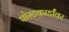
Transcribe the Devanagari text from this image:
पोस्टकार्डांवर